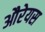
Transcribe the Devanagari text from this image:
औरेयस